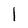
Character: I